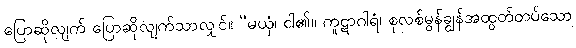
ပြောဆိုလျက် ပြောဆိုလျက်သာလျှင်။ “မယှံ၊ ငါ၏။ ကူဋာဂါရံ၊ စုလစ်မွန်ချွန်အထွတ်တပ်သော